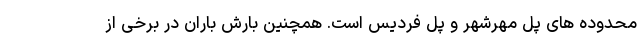
محدوده های پل مهرشهر و پل فردیس است. همچنین بارش باران در برخی از